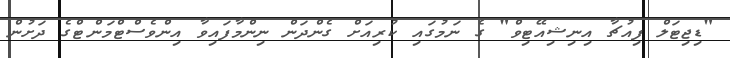
"ޑިޖިޓަލް ފިއުޗާ އިނިޝިއޭޓިވް" ގެ ނަމުގައި ކުރިއަށް ގެންދަން ނިންމާފައިވާ އިންވެސްޓްމަންޓްގެ ދަށުން